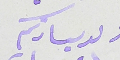
ولدسيادتكم